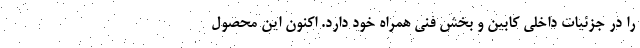
را در جزئیات داخلی کابین و بخش فنی همراه خود دارد. اکنون این محصول